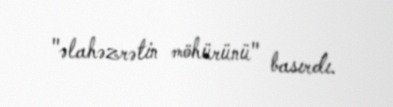
"əlahəzrətin möhürünü" basırdı.